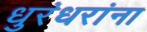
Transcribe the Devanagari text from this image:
धुरंधरांना